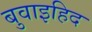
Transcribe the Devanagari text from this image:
बुवाइहिद